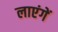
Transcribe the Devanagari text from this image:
लाएंगें